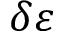
\delta \varepsilon